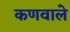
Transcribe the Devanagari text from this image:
कणवाले